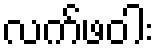
လက်ဖဝါး